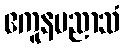
ဧကူနပညာသံ